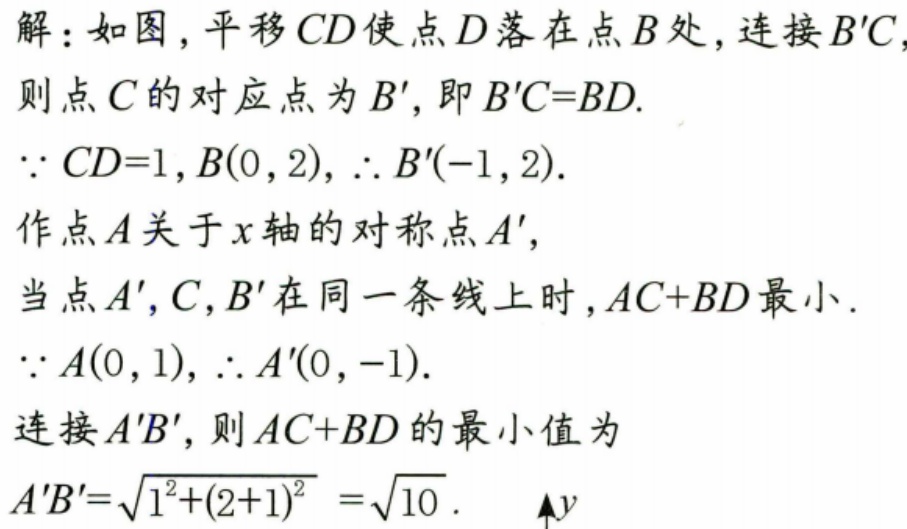
解：如图，平移\(CD\)使点\(D\)落在点\(B\)处，连接\(B'C\)，
则点\(C\)的对应点为\(B'\)，即\(B'C = BD\).
\(\because CD = 1,B(0,2)\)，\(\therefore B'(-1,2)\).
作点\(A\)关于\(x\)轴的对称点\(A'\)，
当点\(A'\)，\(C\)，\(B'\)在同一条线上时，\(AC + BD\)最小.
\(\because A(0,1)\)，\(\therefore A'(0,-1)\).
连接\(A'B'\)，则\(AC + BD\)的最小值为
\(A'B'=\sqrt{1^{2}+(2 + 1)^{2}}=\sqrt{10}\).